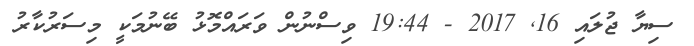
ސިޔާ ޖުލައި 16